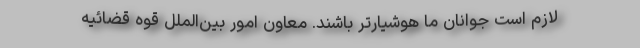
لازم است جوانان ما هوشیارتر باشند. معاون امور بین‌الملل قوه قضائیه